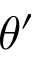
\theta ^ { \prime }